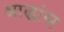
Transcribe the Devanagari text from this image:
श्राद्धांस